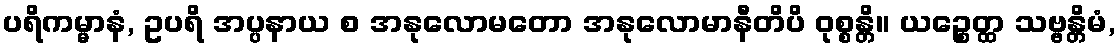
ပရိကမ္မာနံ, ဥပရိ အပ္ပနာယ စ အနုလောမတော အနုလောမာနီတိပိ ဝုစ္စန္တိ။ ယဉ္စေတ္ထ သဗ္ဗန္တိမံ,